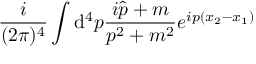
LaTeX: \frac { i } { ( 2 \pi ) ^ { 4 } } \int { \mathrm d } ^ { 4 } p \frac { i \hat { p } + m } { p ^ { 2 } + m ^ { 2 } } e ^ { i p ( x _ { 2 } - x _ { 1 } ) }